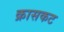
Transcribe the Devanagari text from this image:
क्रासकट